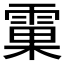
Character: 𲉼